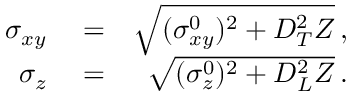
\begin{array} { r l r } { \sigma _ { x y } } & { { } = } & { \sqrt { ( \sigma _ { x y } ^ { 0 } ) ^ { 2 } + D _ { T } ^ { 2 } Z } \, , } \\ { \sigma _ { z } } & { { } = } & { \sqrt { ( \sigma _ { z } ^ { 0 } ) ^ { 2 } + D _ { L } ^ { 2 } Z } \, . } \end{array}